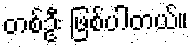
တစ်ဦး ဖြစ်ပါတယ်။